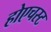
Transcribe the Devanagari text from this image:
होएचस्ट